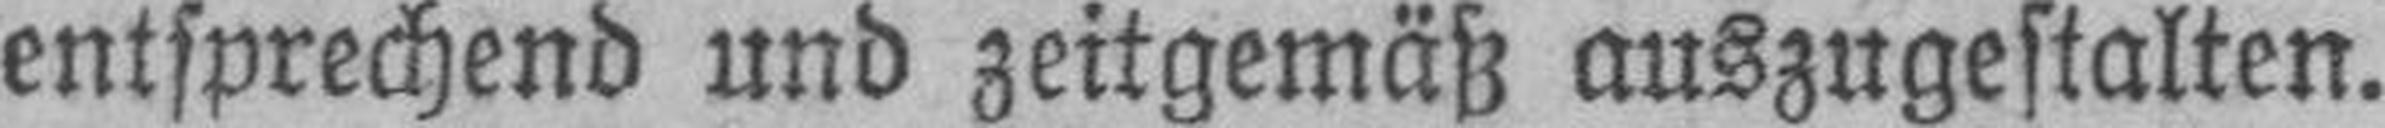
entsprechend und zeitgemäß auszugestalten.